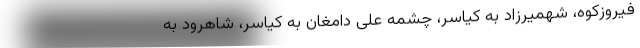
فیروزکوه، شهمیرزاد به کیاسر، چشمه علی دامغان به کیاسر، شاهرود به